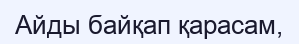
Айды байқап қарасам,